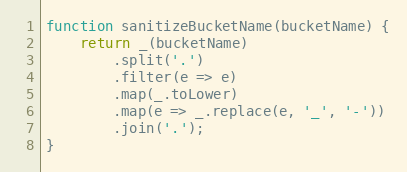
Language: JavaScript
function sanitizeBucketName(bucketName) {
    return _(bucketName)
        .split('.')
        .filter(e => e)
        .map(_.toLower)
        .map(e => _.replace(e, '_', '-'))
        .join('.');
}